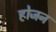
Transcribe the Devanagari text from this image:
होजन